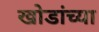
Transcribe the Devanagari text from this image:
खोडांच्या